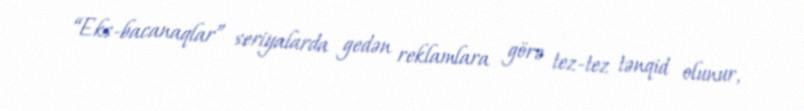
“Eks-bacanaqlar” seriyalarda gedən reklamlara görə tez-tez tənqid olunur,